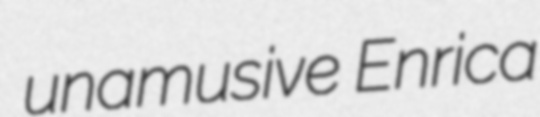
unamusive Enrica